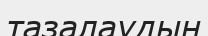
тазалаудың